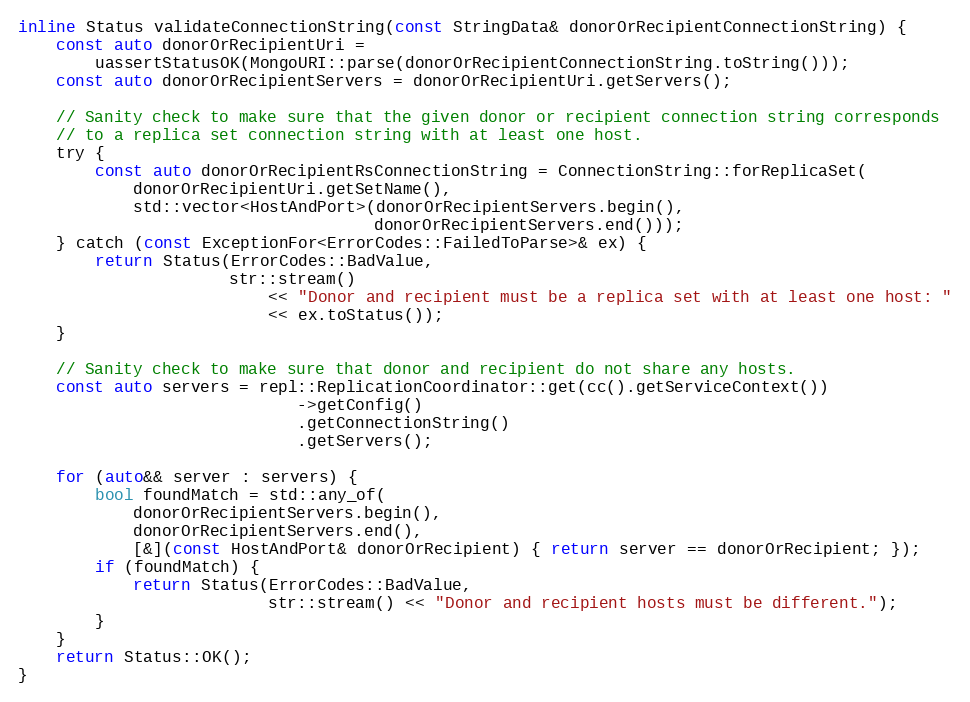
Language: C
inline Status validateConnectionString(const StringData& donorOrRecipientConnectionString) {
    const auto donorOrRecipientUri =
        uassertStatusOK(MongoURI::parse(donorOrRecipientConnectionString.toString()));
    const auto donorOrRecipientServers = donorOrRecipientUri.getServers();

    // Sanity check to make sure that the given donor or recipient connection string corresponds
    // to a replica set connection string with at least one host.
    try {
        const auto donorOrRecipientRsConnectionString = ConnectionString::forReplicaSet(
            donorOrRecipientUri.getSetName(),
            std::vector<HostAndPort>(donorOrRecipientServers.begin(),
                                     donorOrRecipientServers.end()));
    } catch (const ExceptionFor<ErrorCodes::FailedToParse>& ex) {
        return Status(ErrorCodes::BadValue,
                      str::stream()
                          << "Donor and recipient must be a replica set with at least one host: "
                          << ex.toStatus());
    }

    // Sanity check to make sure that donor and recipient do not share any hosts.
    const auto servers = repl::ReplicationCoordinator::get(cc().getServiceContext())
                             ->getConfig()
                             .getConnectionString()
                             .getServers();

    for (auto&& server : servers) {
        bool foundMatch = std::any_of(
            donorOrRecipientServers.begin(),
            donorOrRecipientServers.end(),
            [&](const HostAndPort& donorOrRecipient) { return server == donorOrRecipient; });
        if (foundMatch) {
            return Status(ErrorCodes::BadValue,
                          str::stream() << "Donor and recipient hosts must be different.");
        }
    }
    return Status::OK();
}